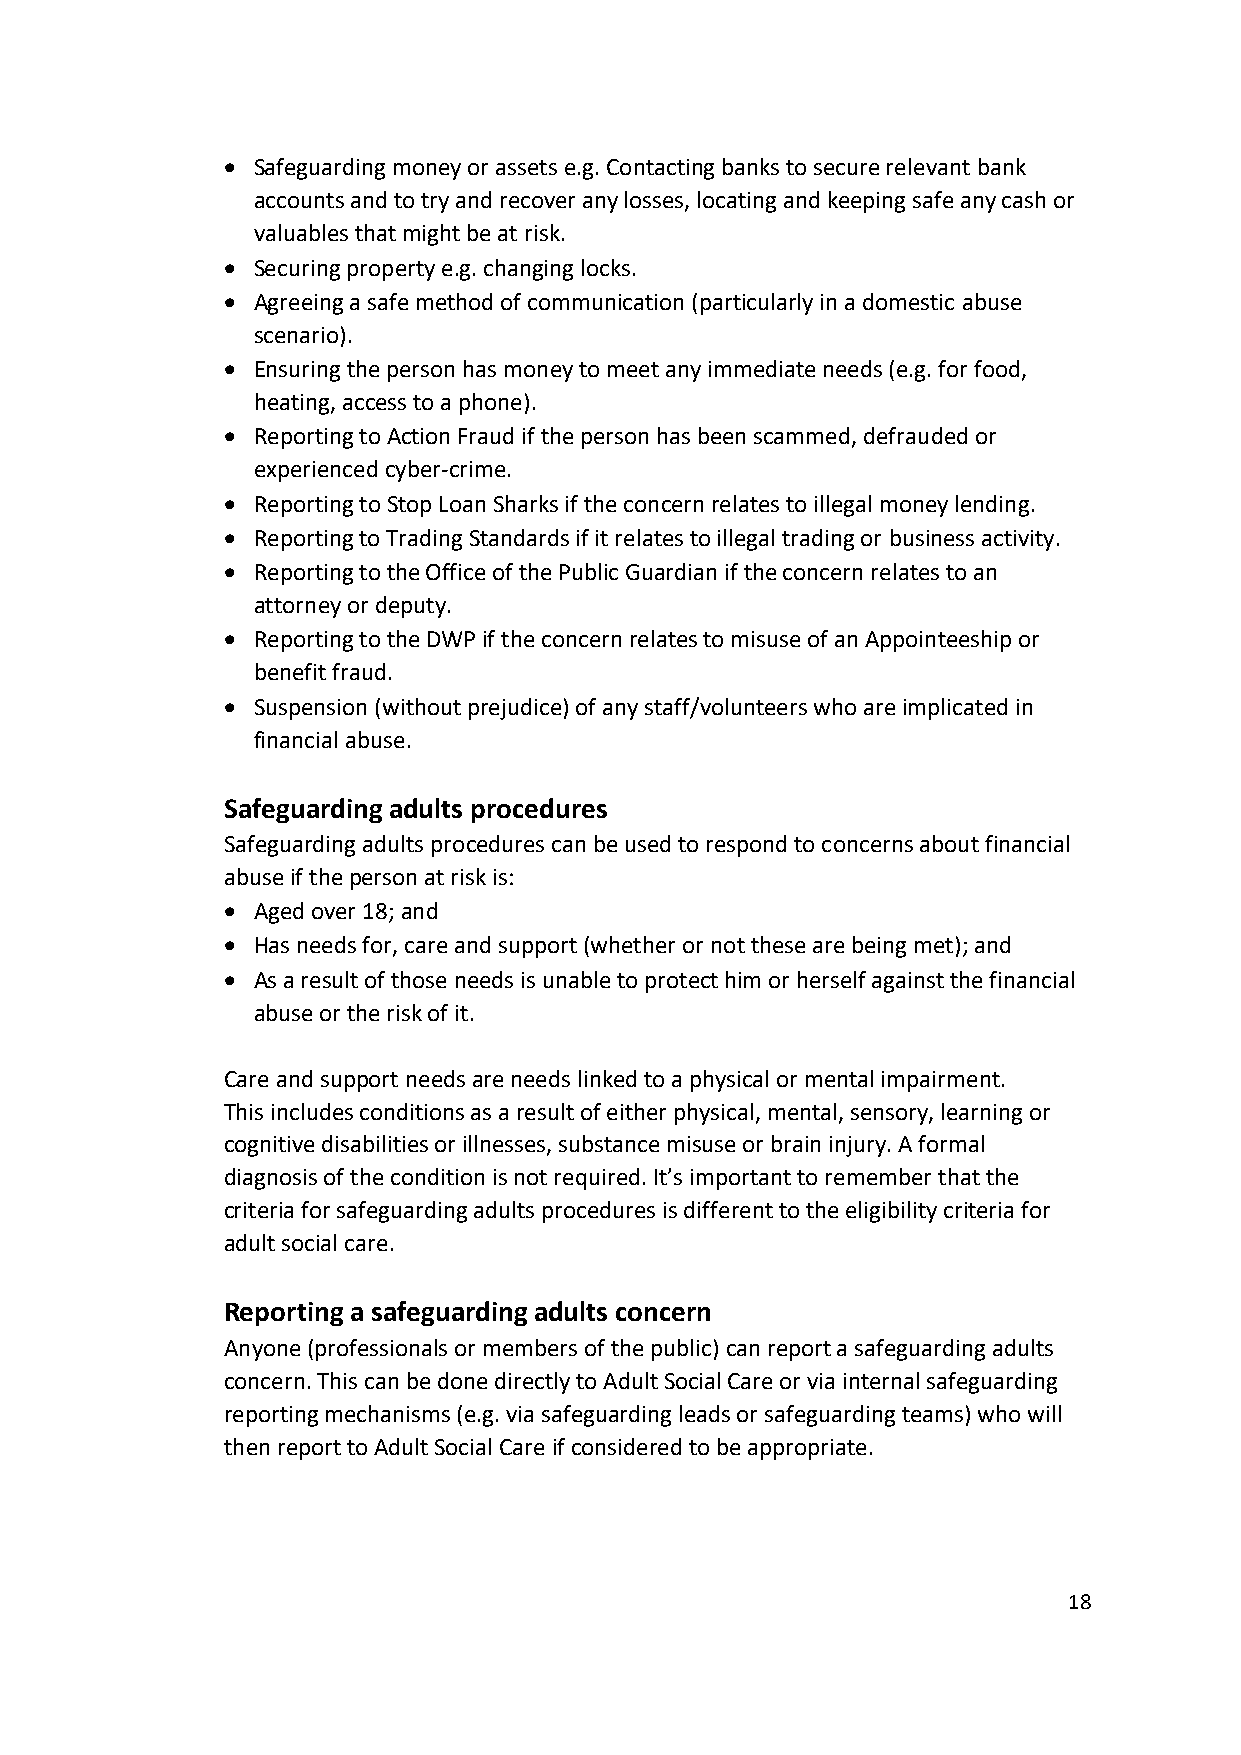
• Safeguarding money or assets e.g. Contacting banks to secure relevant bank
 accounts and to try and recover any losses, locating and keeping safe any cash or
 valuables that might be at risk.
 • Securing property e.g. changing locks.
 • Agreeing a safe method of communication (particularly in a domestic abuse
 scenario).
 • Ensuring the person has money to meet any immediate needs (e.g. for food,
 heating, access to a phone).
 • Reporting to Action Fraud if the person has been scammed, defrauded or
 experienced cyber-crime.
 • Reporting to Stop Loan Sharks if the concern relates to illegal money lending.
 • Reporting to Trading Standards if it relates to illegal trading or business activity.
 • Reporting to the Office of the Public Guardian if the concern relates to an
 attorney or deputy.
 • Reporting to the DWP if the concern relates to misuse of an Appointeeship or
 benefit fraud.
 • Suspension (without prejudice) of any staff/volunteers who are implicated in
 financial abuse.
 Safeguarding adults procedures
 Safeguarding adults procedures can be used to respond to concerns about financial
 abuse if the person at risk is:
 • Aged over 18; and
 • Has needs for, care and support (whether or not these are being met); and
 • As a result of those needs is unable to protect him or herself against the financial
 abuse or the risk of it.
 Care and support needs are needs linked to a physical or mental impairment.
 This includes conditions as a result of either physical, mental, sensory, learning or
 cognitive disabilities or illnesses, substance misuse or brain injury. A formal
 diagnosis of the condition is not required. It’s important to remember that the
 criteria for safeguarding adults procedures is different to the eligibility criteria for
 adult social care.
 Reporting a safeguarding adults concern
 Anyone (professionals or members of the public) can report a safeguarding adults
 concern. This can be done directly to Adult Social Care or via internal safeguarding
 reporting mechanisms (e.g. via safeguarding leads or safeguarding teams) who will
 then report to Adult Social Care if considered to be appropriate.
 18